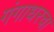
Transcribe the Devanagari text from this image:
गंगाधरचा